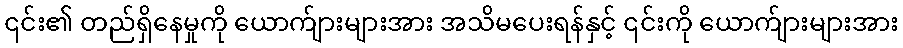
၎င်း၏ တည်ရှိနေမှုကို ယောက်ျားများအား အသိမပေးရန်နှင့် ၎င်းကို ယောက်ျားများအား